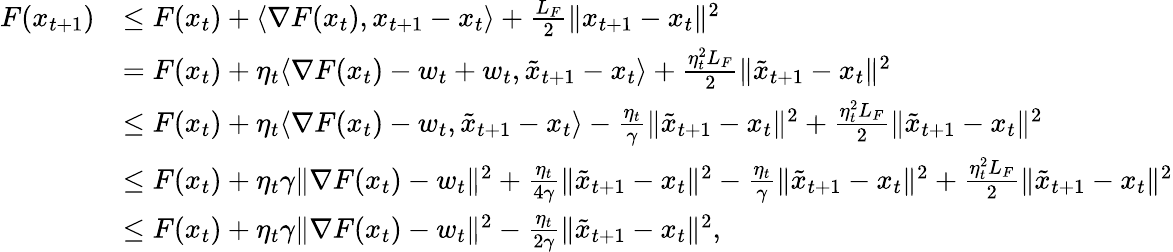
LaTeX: \begin{array}{rl}{F(x_{t+1})}&{\leq F(x_{t})+\langle\nabla F(x_{t}),x_{t+1}-x_{t}\rangle+\frac{L_{F}}{2}\| x_{t+1}-x_{t}\| ^{2}}\\ &{=F(x_{t})+\eta_{t}\langle\nabla F(x_{t})-w_{t}+w_{t},\tilde{x}_{t+1}-x_{t}\rangle+\frac{\eta_{t}^{2}L_{F}}{2}\| \tilde{x}_{t+1}-x_{t}\| ^{2}}\\ &{\leq F(x_{t})+\eta_{t}\langle\nabla F(x_{t})-w_{t},\tilde{x}_{t+1}-x_{t}\rangle-\frac{\eta_{t}}{\gamma}\| \tilde{x}_{t+1}-x_{t}\| ^{2}+\frac{\eta_{t}^{2}L_{F}}{2}\| \tilde{x}_{t+1}-x_{t}\| ^{2}}\\ &{\leq F(x_{t})+\eta_{t}\gamma\| \nabla F(x_{t})-w_{t}\| ^{2}+\frac{\eta_{t}}{4\gamma}\| \tilde{x}_{t+1}-x_{t}\| ^{2}-\frac{\eta_{t}}{\gamma}\| \tilde{x}_{t+1}-x_{t}\| ^{2}+\frac{\eta_{t}^{2}L_{F}}{2}\| \tilde{x}_{t+1}-x_{t}\| ^{2}}\\ &{\leq F(x_{t})+\eta_{t}\gamma\| \nabla F(x_{t})-w_{t}\| ^{2}-\frac{\eta_{t}}{2\gamma}\| \tilde{x}_{t+1}-x_{t}\| ^{2},}\end{array}